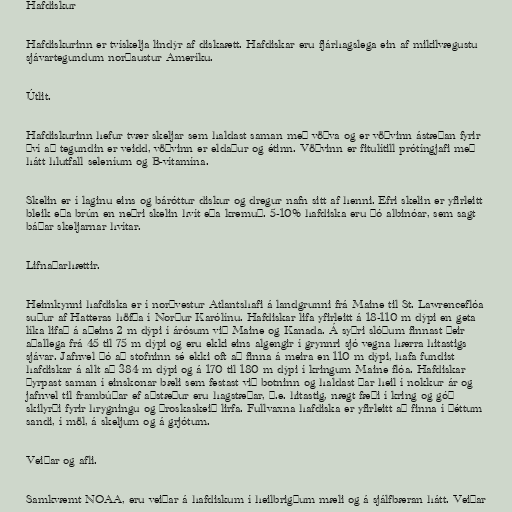
Hafdiskur

Hafdiskurinn er tvískelja lindýr af diskaætt. Hafdiskar eru fjárhagslega ein af mikilvægustu
sjávartegundum norðaustur Ameríku.

Útlit.

Hafdiskurinn hefur tvær skeljar sem haldast saman með vöðva og er vöðvinn ástæðan fyrir
því að tegundin er veidd, vöðvinn er eldaður og étinn. Vöðvinn er fitulítill prótíngjafi með
hátt hlutfall seleníum og B-vítamína.

Skelin er í laginu eins og báróttur diskur og dregur nafn sitt af henni. Efri skelin er yfirleitt
bleik eða brún en neðri skelin hvít eða kremuð. 5-10% hafdiska eru þó albinóar, sem sagt
báðar skeljarnar hvítar.

Lifnaðarhættir.

Heimkynni hafdiska er í norðvestur Atlantshafi á landgrunni frá Maine til St. Lawrenceflóa
suður af Hatteras höfða í Norður Karólínu. Hafdiskar lifa yfirleitt á 18-110 m dýpi en geta
líka lifað á aðeins 2 m dýpi í árósum við Maine og Kanada. Á syðri slóðum finnast þeir
aðallega frá 45 til 75 m dýpi og eru ekki eins algengir í grynnri sjó vegna hærra hitastigs
sjávar. Jafnvel þó að stofninn sé ekki oft að finna á meira en 110 m dýpi, hafa fundist
hafdiskar á allt að 384 m dýpi og á 170 til 180 m dýpi í kringum Maine flóa. Hafdiskar
þyrpast saman í einskonar bæli sem festast við botninn og haldast þar heil í nokkur ár og
jafnvel til frambúðar ef aðstæður eru hagstæðar, þ.e. hitastig, nægt fæði í kring og góð
skilyrði fyrir hrygningu og þroskaskeið lirfa. Fullvaxna hafdiska er yfirleitt að finna í þéttum
sandi, í möl, á skeljum og á grjótum.

Veiðar og afli.

Samkvæmt NOAA, eru veiðar á hafdiskum í heilbrigðum mæli og á sjálfbæran hátt. Veiðar